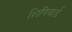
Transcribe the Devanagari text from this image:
शिपियार्ड